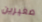
صغيرين